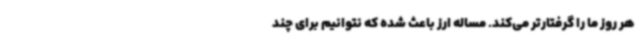
هر روز ما را گرفتارتر می‌کند. مساله ارز باعث شده که نتوانیم برای چند